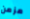
مزمن